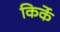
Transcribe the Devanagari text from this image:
किर्के